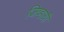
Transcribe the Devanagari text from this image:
जिव्हाग्री